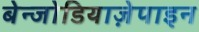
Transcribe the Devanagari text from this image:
बेन्जोडियाज़ेपाइन